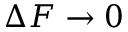
\Delta F \rightarrow 0